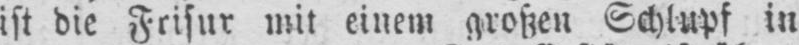
ist die Frisur mit einem großen Schlupf in